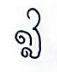
ឦ